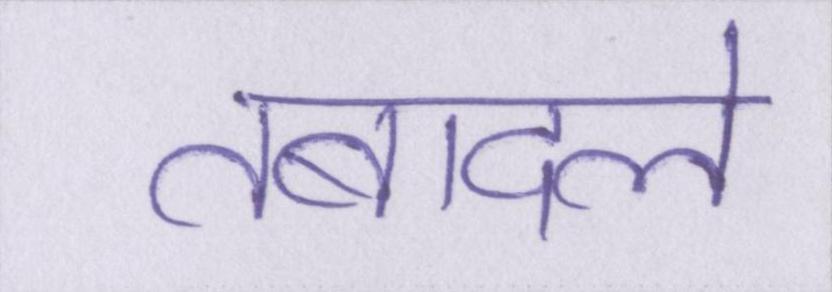
तबादले